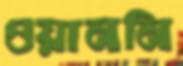
ওয়াননি